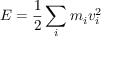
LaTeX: E = { \frac { 1 } { 2 } } \sum _ { i } m _ { i } v _ { i } ^ { 2 }